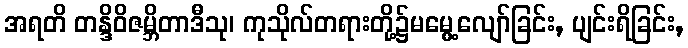
အရတိ တန္ဒိဝိဇမ္ဘိတာဒီသု၊ ကုသိုလ်တရားတို့၌မမွေ့လျော်ခြင်း, ပျင်းရိခြင်း,